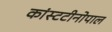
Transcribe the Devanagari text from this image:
कांस्टटीनोपाल